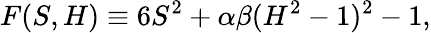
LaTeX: F(S,H)\equiv 6S^{2}+\alpha\beta(H^{2}-1)^{2}-1,